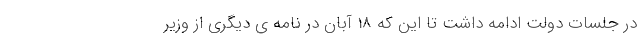
در جلسات دولت ادامه داشت تا این که 18 آبان در نامه ی دیگری از وزیر